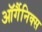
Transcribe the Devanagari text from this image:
ऑर्गैनिक्स